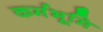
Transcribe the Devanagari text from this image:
कर्मभूमि